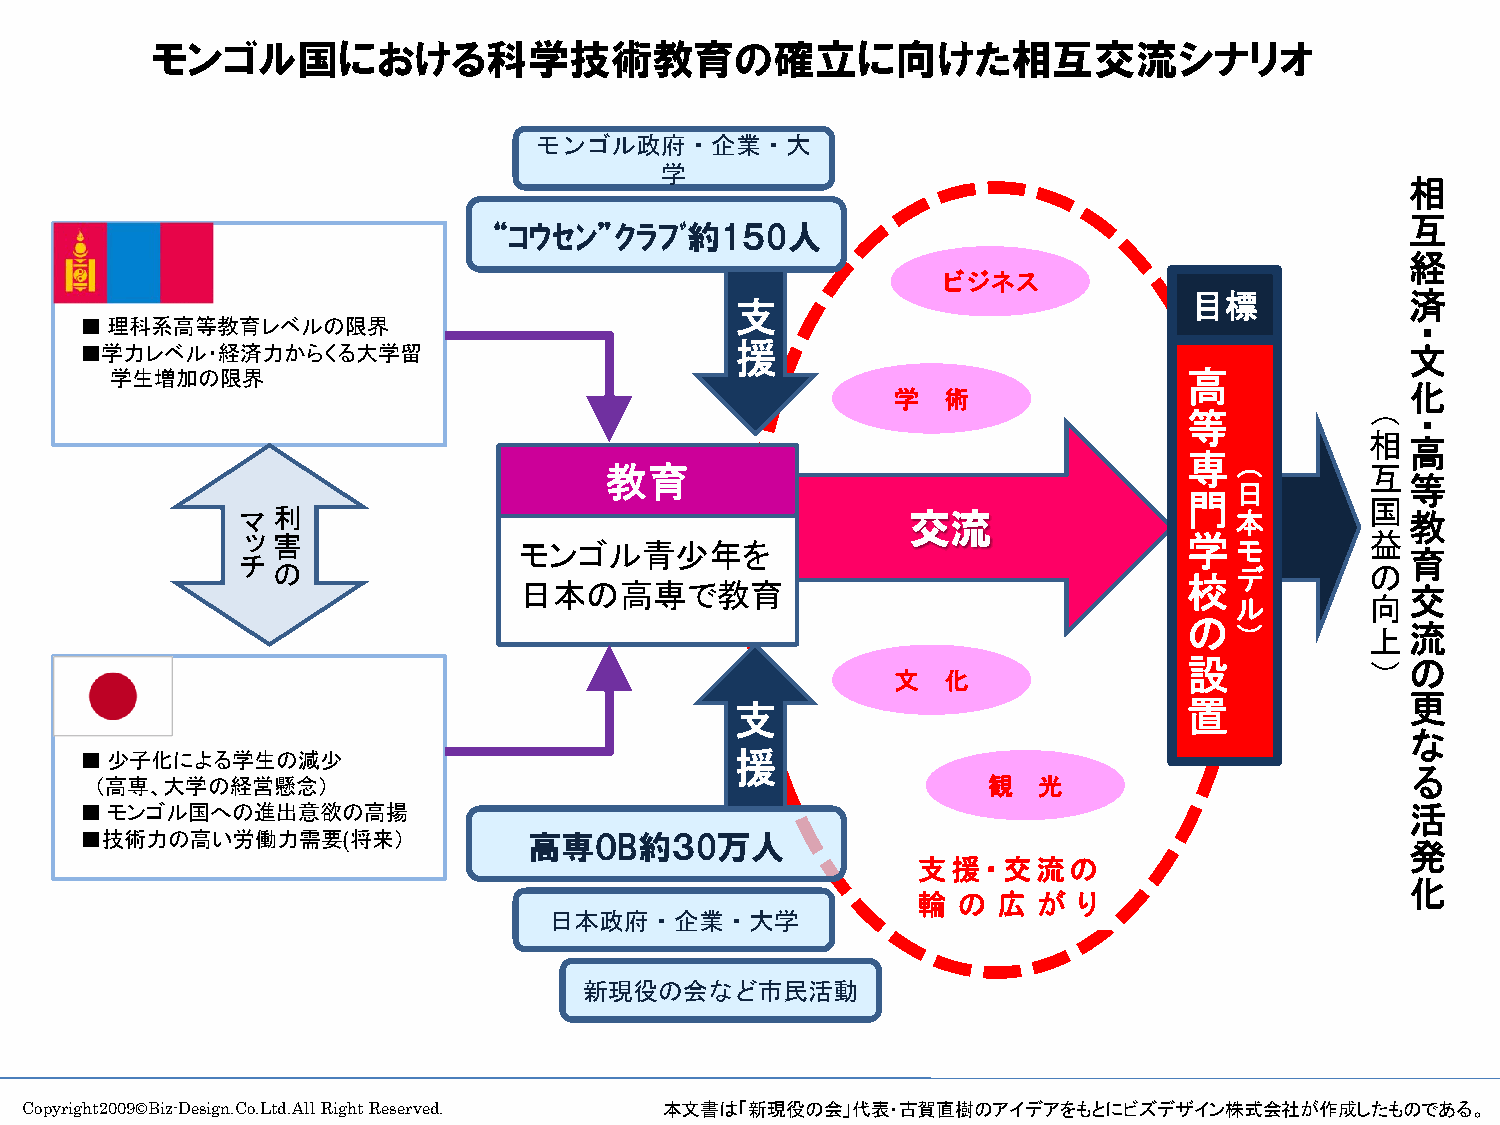
モンゴル国における科学技術教育の確立に向けた相互交流シナリオ
 モンゴル政府・企業・大
 学
 相
 互
 “ｺｳｾﾝ”ｸﾗﾌﾞ約1５0人
 経
 ビジネス
 目標            済
 支
 ■理科系高等教育レベルの限界
 ・
 ■学力レベル・経済力からくる大学留                           援                                           文
 学生増加の限界                                                                 高
 化
 学   術
 等           （ ・
 相
 高
 専  （
 教育                                                 互
 等
 日
 門           国
 マ 利                                         交流                    本          教
 ッ 害               モンゴル青少年を                                     学  モ        益
 育
 チ
 の                                                               デ        の
 校
 日本の高専で教育                                                   交
 ル        向
 の
 ）        上 流
 設           ） の
 文   化
 支                             置             更
 な
 ■少子化による学生の減少                                援
 る
 （高専、大学の経営懸念）                                               観   光
 ■モンゴル国への進出意欲の高揚                                                                         活
 ■技術力の高い労働力需要(将来）              高専OB約３0万人
 発
 支援・交流の
 化
 輪 の  広  が り
 日本政府・企業・大学
 新現役の会など市民活動
 Copyright2009©Biz-Design.Co.Ltd.All Right Reserved. 本文書は「新現役の会」代表・古賀直樹のアイデアをもとにビズデザイン株式会社が作成したものである。